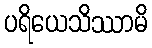
ပရိယေသိဿာမိ